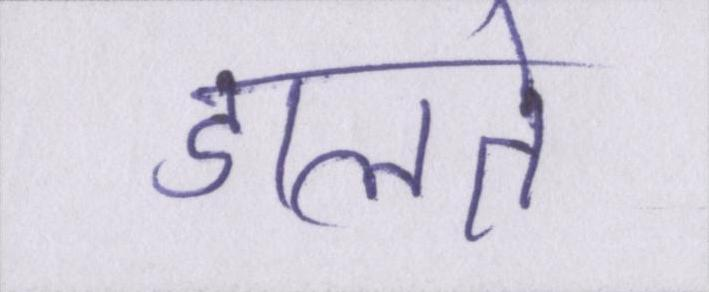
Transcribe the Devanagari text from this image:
डालते